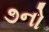
૭નો